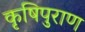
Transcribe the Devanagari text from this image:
कृषिपुराण